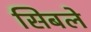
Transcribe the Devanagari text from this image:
सिबले